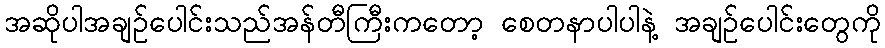
အဆိုပါအချဥ်ပေါင်းသည်အန်တီကြီးကတော့ စေတနာပါပါနဲ့ အချဥ်ပေါင်းတွေကို